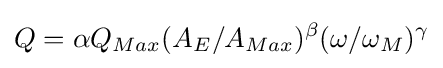
Q=\alpha Q_{Max}(A_{E}/A_{Max})^{\beta }(\omega /\omega _{M})^{\gamma }